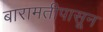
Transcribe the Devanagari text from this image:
बारामतीपासून